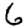
Digit: 6